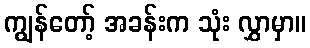
ကျွန်တော့် အခန်းက သုံး လွှာမှာ။